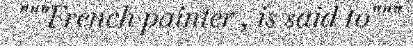
"""French painter , is said to"""